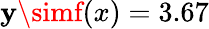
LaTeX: \mathbf{y}\simf(x)=3.67